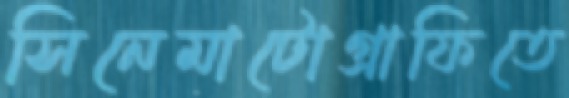
সিনেমাটোগ্রাফিতে